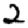
Digit: 2